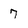
Character: 7